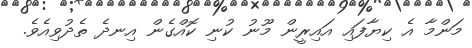
މަންމާ އެ ކިޔާފައި އައިރީން މޫނު ކުނި ކޮއްގެން އިނދެ ތެދުވިއެވެ.